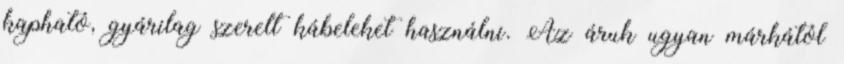
kapható, gyárilag szerelt kábeleket használni. Az áruk ugyan márkától